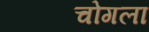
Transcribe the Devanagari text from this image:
चोगला